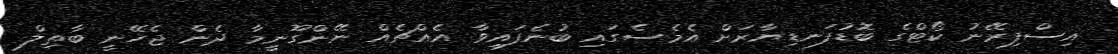
އިސްފިރޭނު ކޯޓްގެ ބޮޑުފަނޑިޔާރަށް އެމެސެގައި ބުނެފައިވާ އެއްޗެއް ނޭންގޫނީމާ ދެން ޖެހޭނީ ބާތިލް